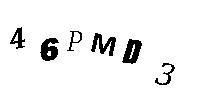
46PMD3